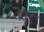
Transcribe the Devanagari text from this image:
मैग्नो